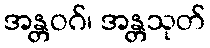
အန္တဝဂ်၊ အန္တသုတ်